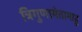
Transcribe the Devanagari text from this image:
त्रिगुणामेतामाहु